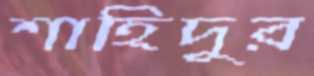
শাহিদুর